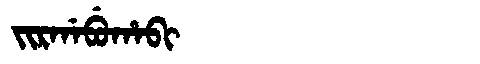
Manchu: ᠵᡳᡵᡤᠠᠪᡠᡥᠠᠪᡳ
Romanization: JIRGABUHABI